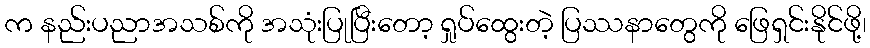
က နည်းပညာအသစ်ကို အသုံးပြုပြီးတော့ ရှုပ်ထွေးတဲ့ ပြဿနာတွေကို ဖြေရှင်းနိုင်ဖို့၊